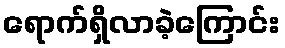
ရောက်ရှိလာခဲ့ကြောင်း